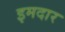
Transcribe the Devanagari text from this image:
इमदार